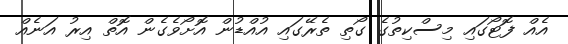
އެއް ފޮޓޯގައި މިސްކިތުގެ ގޯތި ތެރޭގައި އުއްޑުން އޮށޯވެގެން އޮތް އިރު އަނެއް